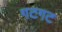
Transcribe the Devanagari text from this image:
गटगट